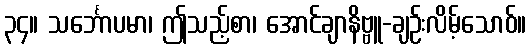
၃၄။ သင်္ဘောပမာ၊ ဤသည့်စာ၊ အောင်ချာနိဗ္ဗူ-ချဉ်းလိမ့်သောဝ်။